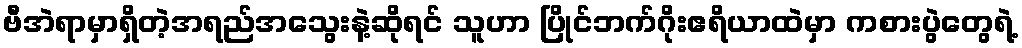
ဗီအဲရာမှာရှိတဲ့အရည်အသွေးနဲ့ဆိုရင် သူဟာ ပြိုင်ဘက်ဂိုးဧရိယာထဲမှာ ကစားပွဲတွေရဲ့